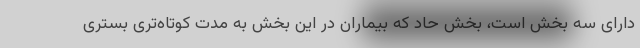
دارای سه بخش است، بخش حاد که بیماران در این بخش به مدت کوتاه‌تری بستری